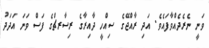
ވަނީ ނެރެދެއްވާފައެވެ. އަދި ރާއްޖޭގެ ސިއްހީ ދާއިރާގެ ރިސާރޗްގެ ފަސް ވަނަ އަދަދު